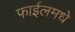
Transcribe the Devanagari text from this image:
फाईलमधे